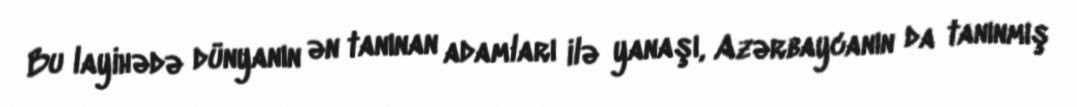
Bu layihədə dünyanın ən tanınan adamları ilə yanaşı, Azərbaycanın da tanınmış